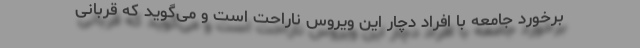
برخورد جامعه با افراد دچار این ویروس ناراحت است و می‌گوید که قربانی